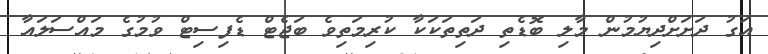
އަގު ދަށަށްދިޔުމުން މާލި ބޮޑެތި ދަތިތަކަކާ ކުރިމަތިވެ ބަޖެޓް ޑެފިސިޓް ވުމުގެ މައްސަލައާ